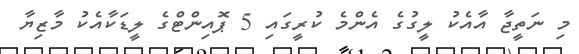
މި ނަތީޖާ އާއެކު ލީގުގެ އެންމެ ކުރީގައި 5 ޕޮއިންޓްގެ ލީޑަކާއެކު މާޒިޔާ